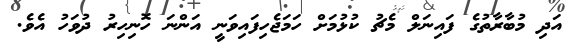
އަދި މުބާރާތުގެ ފައިނަލް މެޗު ކުޅުމަށް ހަމަޖެހިފައިވަނީ އަންނަ ހޮނިހިރު ދުވަހު އެވެ.